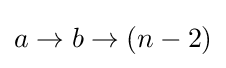
a\to b\to (n-2)